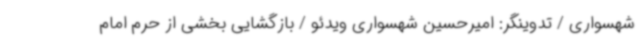
شهسواری / تدوینگر: امیرحسین شهسواری ویدئو / بازگشایی بخشی از حرم امام